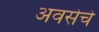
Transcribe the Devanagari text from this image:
अवसेचे